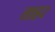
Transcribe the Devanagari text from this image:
त्ताहर